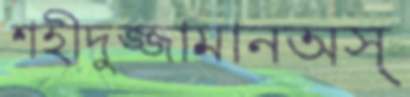
শহীদুজ্জামানঅস্